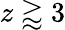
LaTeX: z\gtrapprox 3